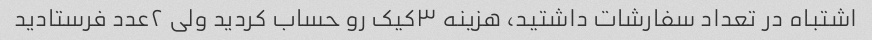
اشتباه در تعداد سفارشات داشتید، هزینه ۳کیک رو حساب کردید ولی ۲عدد فرستادید